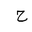
Letter: _ha